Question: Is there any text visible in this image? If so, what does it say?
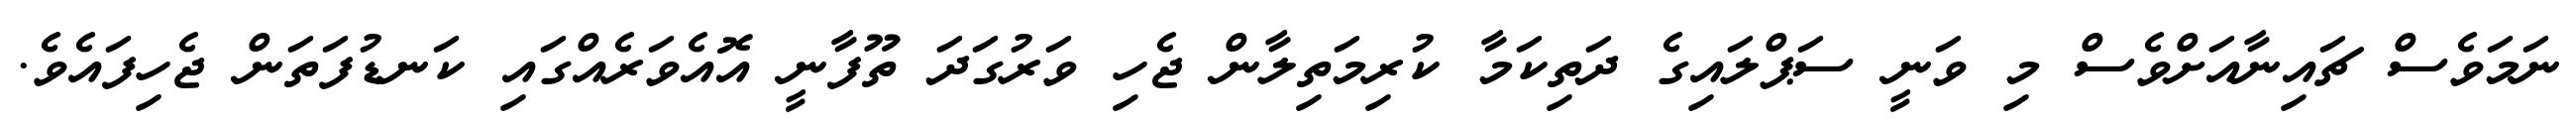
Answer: ނަމަވެސް ޗައިނާއަށްވެސް މި ވަނީ ސަޕްލައިގެ ދަތިކަމާ ކުރިމަތިލާން ޖެހި ވަރުގަދަ ތޫފާނީ އޮއެވަރެއްގައި ކަނޑުފަތަން ޖެހިފައެވެ.